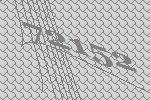
72152